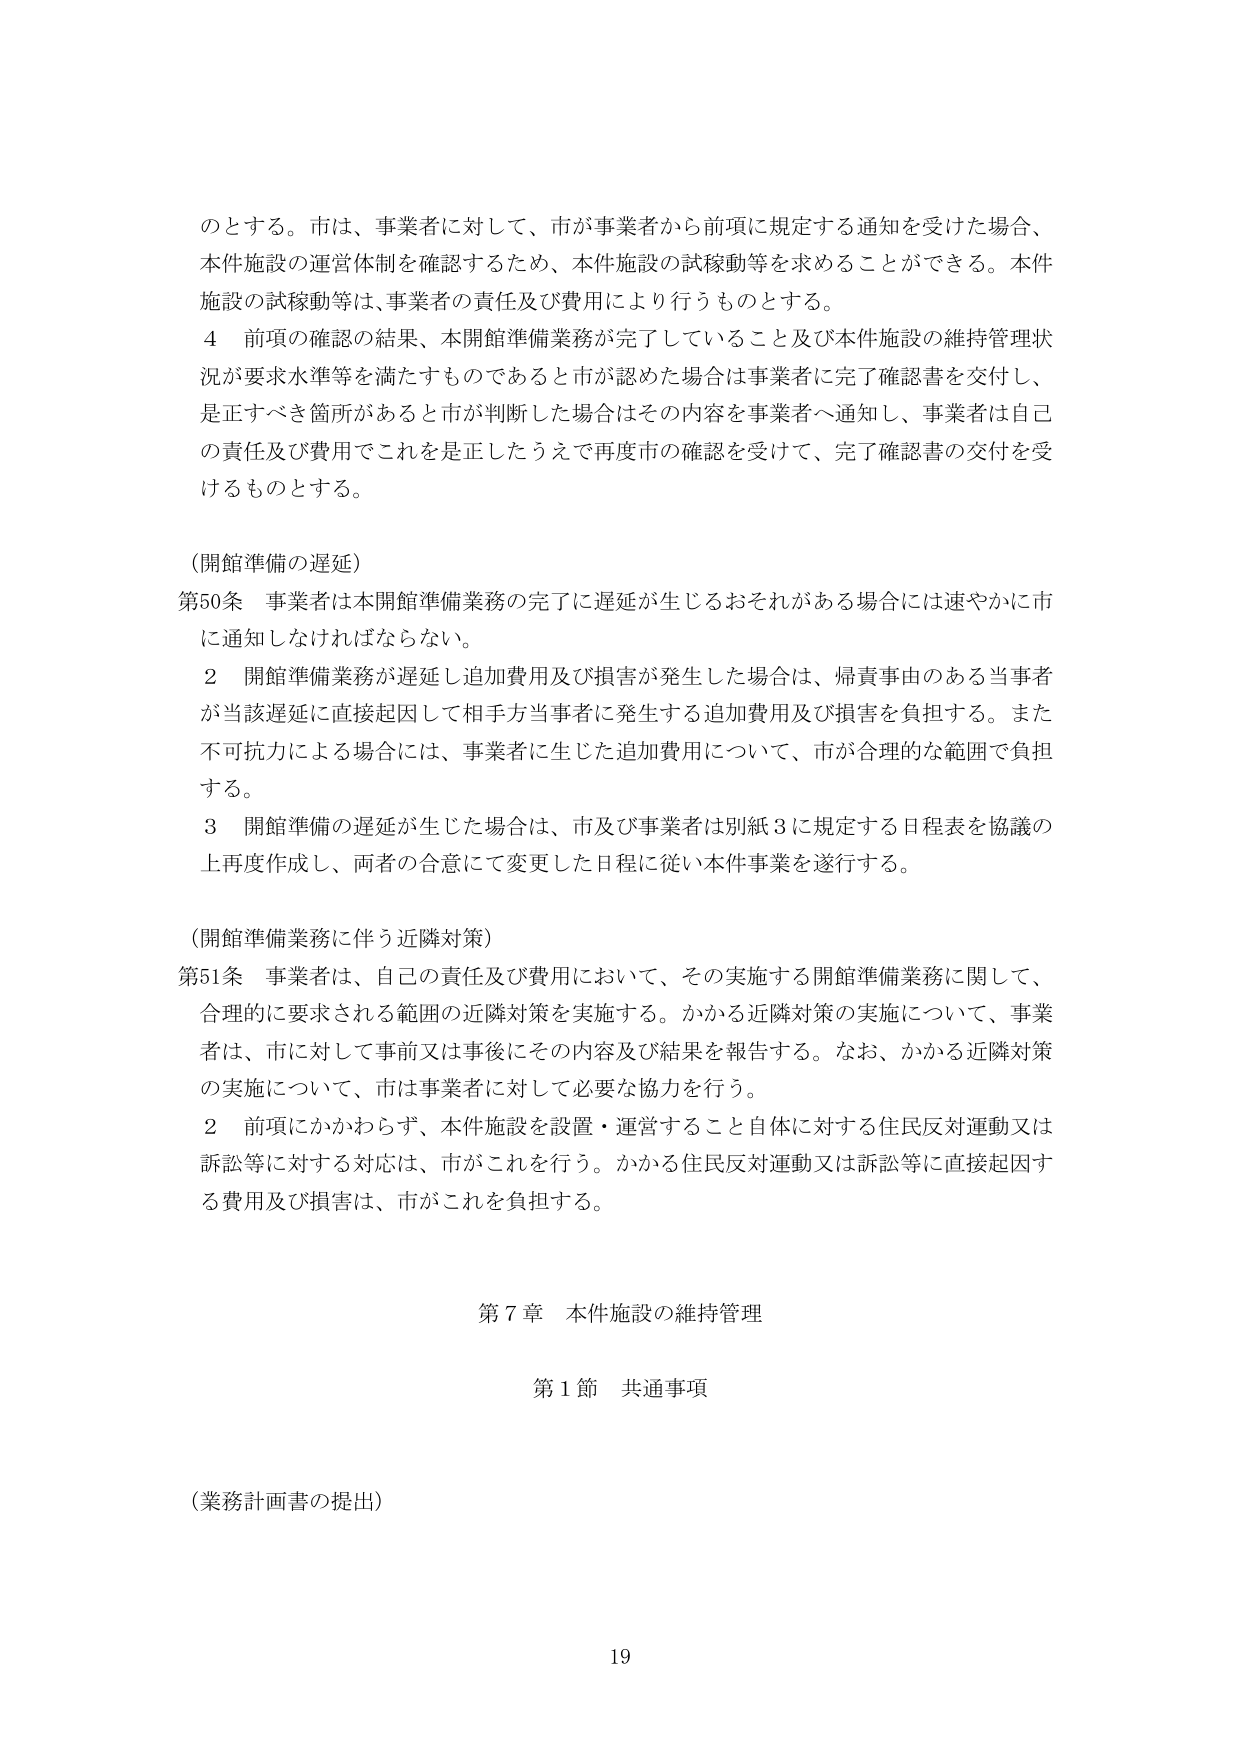
のとする。市は、事業者に対して、市が事業者から前項に規定する通知を受けた場合、
本件施設の運営体制を確認するため、本件施設の試稼動等を求めることができる。本件
施設の試稼動等は、事業者の責任及び費用により行うものとする。
４ 前項の確認の結果、本開館準備業務が完了していること及び本件施設の維持管理状
況が要求水準等を満たすものであると市が認めた場合は事業者に完了確認書を交付し、
是正すべき箇所があると市が判断した場合はその内容を事業者へ通知し、事業者は自己
の責任及び費用でこれを是正したうえで再度市の確認を受けて、完了確認書の交付を受
けるものとする。

（開館準備の遅延）
第50条 事業者は本開館準備業務の完了に遅延が生じるおそれがある場合には速やかに市
に通知しなければならない。
２ 開館準備業務が遅延し追加費用及び損害が発生した場合は、帰責事由のある当事者
が当該遅延に直接起因して相手方当事者に発生する追加費用及び損害を負担する。また
不可抗力による場合には、事業者に生じた追加費用について、市が合理的な範囲で負担
する。
３ 開館準備の遅延が生じた場合は、市及び事業者は別紙３に規定する日程表を協議の
上再度作成し、両者の合意にて変更した日程に従い本件事業を遂行する。

（開館準備業務に伴う近隣対策）
第51条 事業者は、自己の責任及び費用において、その実施する開館準備業務に関して、
合理的に要求される範囲の近隣対策を実施する。かかる近隣対策の実施について、事業
者は、市に対して事前又は事後にその内容及び結果を報告する。なお、かかる近隣対策
の実施について、市は事業者に対して必要な協力を行う。
２ 前項にかかわらず、本件施設を設置・運営すること自体に対する住民反対運動又は
訴訟等に対する対応は、市がこれを行う。かかる住民反対運動又は訴訟等に直接起因す
る費用及び損害は、市がこれを負担する。

第７章 本件施設の維持管理
第１節 共通事項

（業務計画書の提出）
19